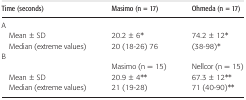
<table><thead><tr><td><b>Time (seconds)</b></td><td><b>Masimo (n = 17)</b></td><td><b>Ohmeda (n = 17)</b></td></tr></thead><tbody><tr><td colspan="3">A</td></tr><tr><td> Mean ± SD</td><td>20.2 ± 6*</td><td>74.2 ± 12*</td></tr><tr><td> Median (extreme values)</td><td>20 (18-26) 76</td><td>(38-98)*</td></tr><tr><td colspan="3">B</td></tr><tr><td></td><td>Masimo (n = 15)</td><td>Nellcor (n = 15)</td></tr><tr><td> Mean ± SD</td><td>20.9 ± 4**</td><td>67.3 ± 12**</td></tr><tr><td> Median (extreme values)</td><td>21 (19-28)</td><td>71 (40-90)**</td></tr></tbody></table>